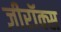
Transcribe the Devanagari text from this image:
ज़ीरॉक्स